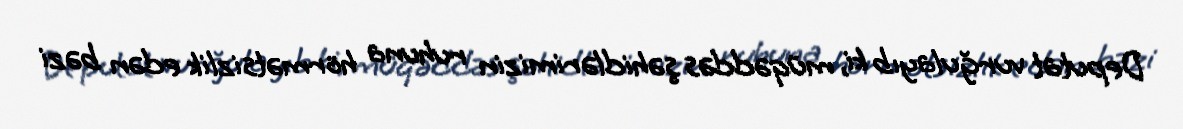
Deputat vurğulayıb ki, müqəddəs şəhidlərimizin ruhuna hörmətsizlik edən bəzi